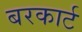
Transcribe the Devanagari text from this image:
बरकार्ट